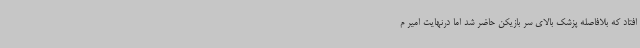
افتاد که بلافاصله پزشک بالای سر بازیکن حاضر شد اما درنهایت امیر م